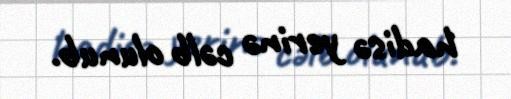
hadisə yerinə cəlb olunub.